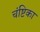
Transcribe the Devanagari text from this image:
चंष्टिका